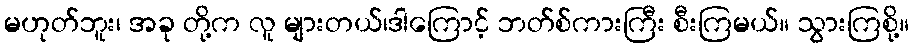
မဟုတ်ဘူး၊ အခု တို့က လူ များတယ်၊ဒါကြောင့် ဘတ်စ်ကားကြီး စီးကြမယ်။ သွားကြစို့။